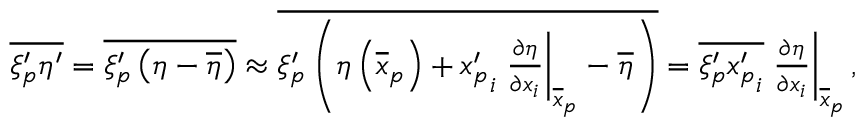
\begin{array} { r } { \overline { { \xi _ { p } ^ { \prime } \eta ^ { \prime } } } = \overline { { \xi _ { p } ^ { \prime } \left( \eta - \overline { { \eta } } \right) } } \approx \overline { { \xi _ { p } ^ { \prime } \left( \eta \left( \overline { { \boldsymbol x } } _ { p } \right) + { x _ { p } ^ { \prime } } _ { i } \left. \frac { \partial \eta } { \partial x _ { i } } \right| _ { \overline { { \boldsymbol x } } _ { p } } - \overline { { \eta } } \right) } } = \overline { { \xi _ { p } ^ { \prime } { x _ { p } ^ { \prime } } _ { i } } } \left. \frac { \partial \eta } { \partial x _ { i } } \right| _ { \overline { { \boldsymbol x } } _ { p } } , } \end{array}